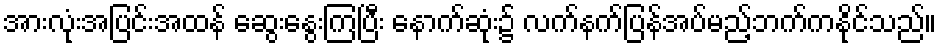
အားလုံးအပြင်းအထန် ဆွေးနွေးကြပြီး နောက်ဆုံး၌ လက်နက်ပြန်အပ်မည့်ဘက်ကနိုင်သည်။